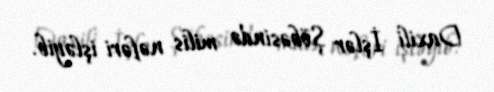
Daxili İşlər Şöbəsində milis nəfəri işləyib.